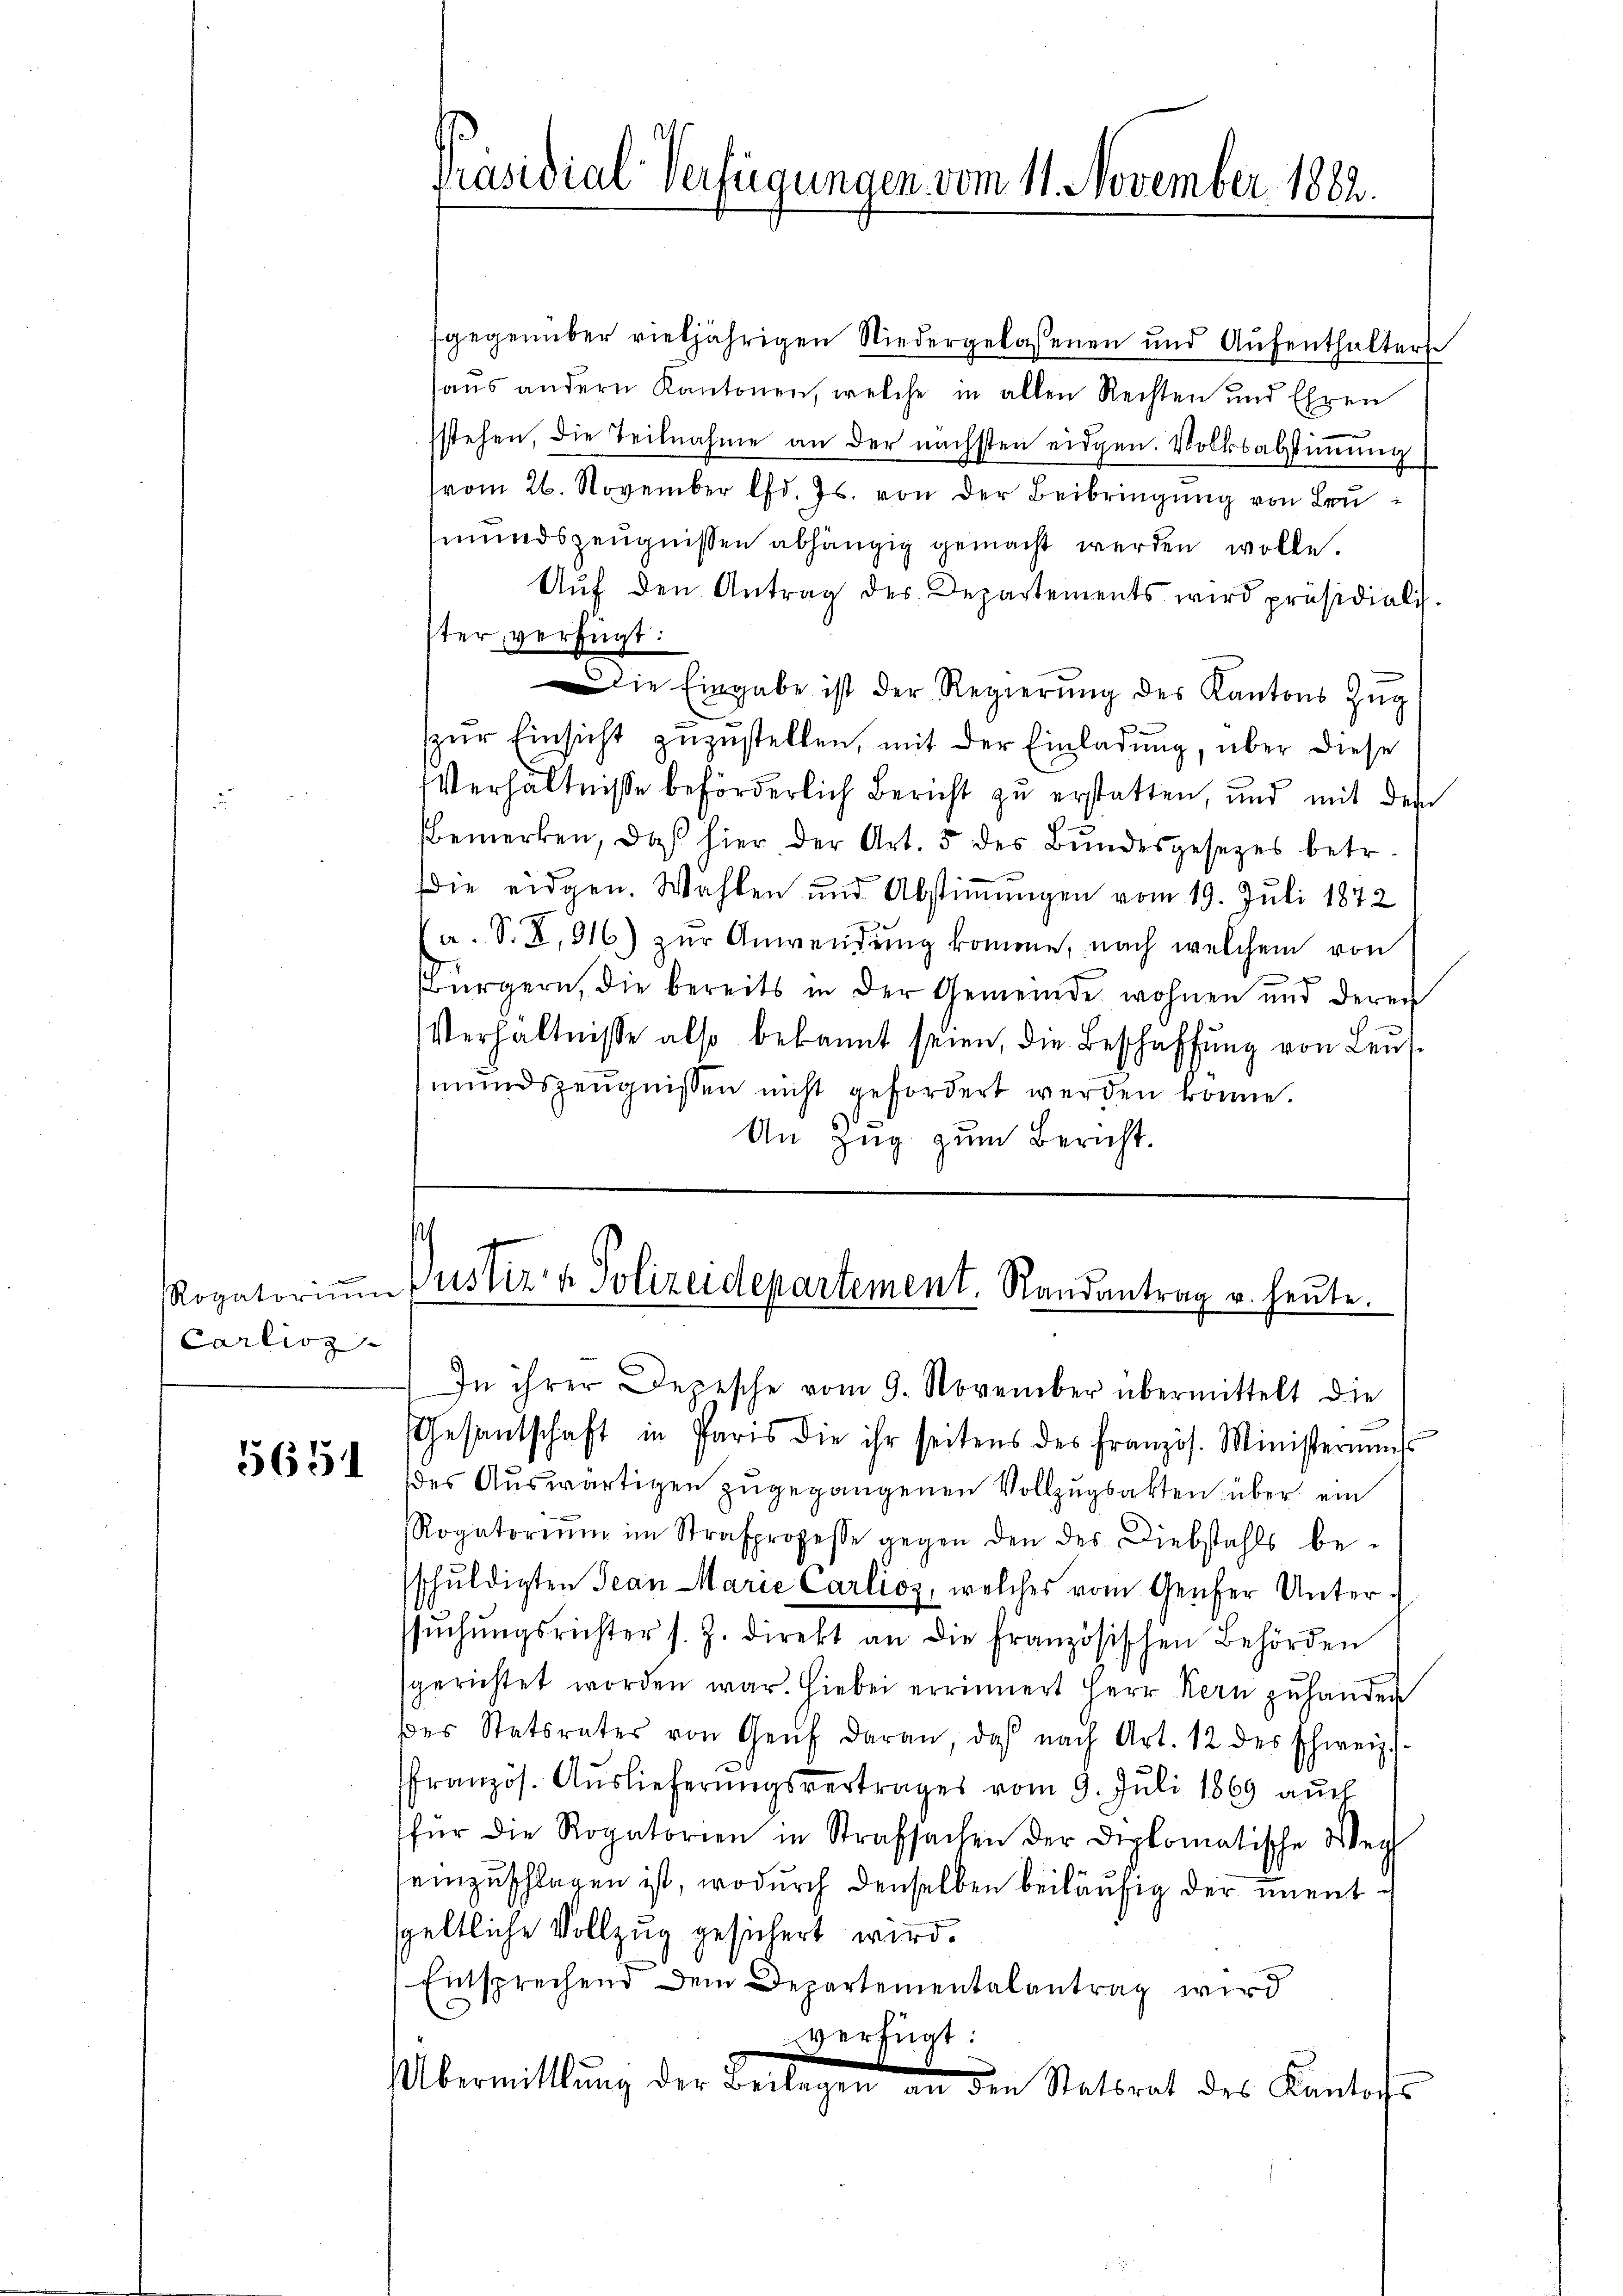
Rogatorium
Carlioz

565

gegenüber vieljährigen Niedergelassenen und Aufenthalter
haus andern Kantonen, welche in allen Rechten und Ehren
ssstehen, die Teilnahme an der nächsten eidgen. Volksabstimmung
vom 26. November lfd. Js. von der Beibringung von Leumundszeugnissen abhängig gemacht werden wolle.
Aŭf den Antrag des Departements wird präsidialis.
ster, verfügt:
Die Eingabe ist der Regierung des Kantons Zŭg
zur Einsicht zuzustellen, mit der Einladung, über diese
Verhältniße beförderlich Bericht zu erstatten, und mit dem
Bemerken, daβ hier der Art. 5 des Bŭndesgesetzes betr.
Die eidgen. Wahlen und Abstiṁŭngen vom 19. Juli 1872
a. S. Z. 916) zur Anwendung komme, nach welchem von
g
Bürgern, die bereits in der Gemeinde wohnen und deren
Verhältnisse also bekannt seien, die Beschaffung von Leusmŭndszeŭgnissen nicht gefordert werden könne.
An Zug zum Bericht.

Präsidial-Verfügungen vom 11. November 1882.

s
d
Justiz & Polizeidepartement. Randantrag u. heute.

In ihrer Depesche vom 9. November übermittelt die
Gesantschaft in Paris die ihr seitens des französ. Ministeriums
des Auswärtigen zugegangenen Vollzugsakten über ein
Rogatorium im Strafprozesse gegen den des Diebstahls be-
schuldigten Jean Marie Carlioz, welches vom Genfer Unterssŭchŭngsrichter s. Z. direkt an die französischen Behörden
sgerichtet worden war. Hiebei errinnert Herr Kern zuhanden
des Statsrates von Genf daran, daß nach Art. 12 des Schweiz.
französ. Auslieferŭngsvertrages vom 9. Juli 1869 aŭch
für die Rogatorien in Strafsachen der Diplomatische Weg
einzuschlagen ist, wodurch denselben beiläufig der unentgeltliche Vollzug gesichert wird.
Entsprechend dem Departementalantrag wird
verfügt:
Übermittlung der Bewegen den Statsrat des Kantons